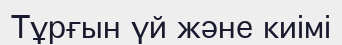
Тұрғын үй және киімі